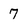
Character: 7